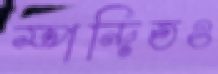
স্পন্দিতও